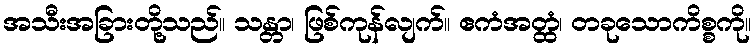
အသီးအခြားတို့သည်။ သန္တာ၊ ဖြစ်ကုန်လျက်။ ဧကံအတ္ထံ၊ တခုသောကိစ္စကို။